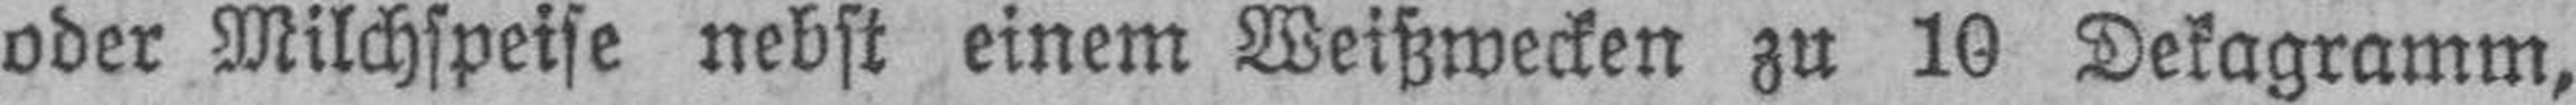
oder Milchspeise nebst einem Weißwecken zu 10 Dekagramm,